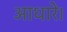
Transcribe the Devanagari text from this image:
आधारे।